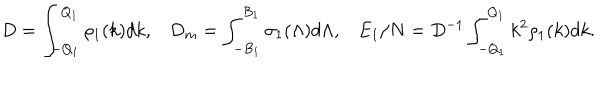
D = \int _ { - Q _ { 1 } } ^ { Q _ { 1 } } { \rho _ { 1 } ( k ) d k } , D _ { m } = \int _ { - B _ { 1 } } ^ { B _ { 1 } } { \sigma _ { 1 } ( \Lambda ) d \Lambda } , E _ { 1 } / N = D ^ { - 1 } \int _ { - Q _ { 1 } } ^ { Q _ { 1 } } { k ^ { 2 } \rho _ { 1 } ( k ) d k } .